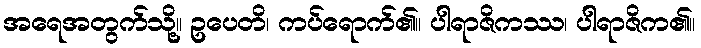
အရေအတွက်သို့။ ဥပေတိ၊ ကပ်ရောက်၏။ ပါရာဇိကဿ၊ ပါရာဇိက၏။